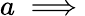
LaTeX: a\implies